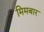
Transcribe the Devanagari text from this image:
मिमबार